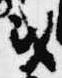
或